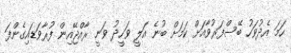
ހަމަ އެދުވަހު ބޭސްފަރުވާއަށް ކަމަށް ބުނެ އަލީ ވަހީދު ވަނީ ރާއްޖޭއިން ފުރާވަޑައިގެންފަ